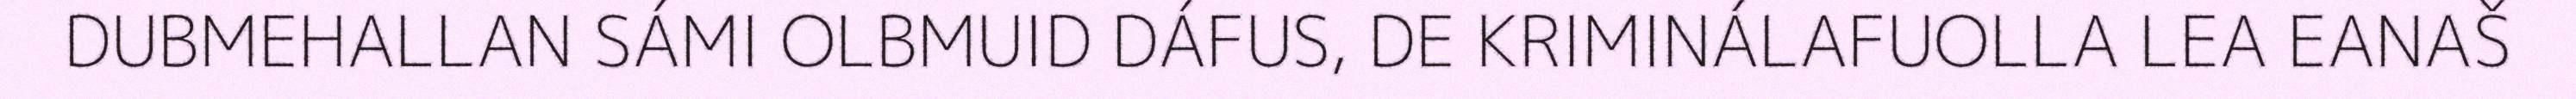
DUBMEHALLAN SÁMI OLBMUID DÁFUS, DE KRIMINÁLAFUOLLA LEA EANAŠ